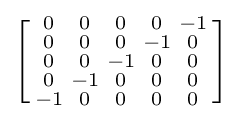
\left[{\begin{smallmatrix}0&0&0&0&-1\\0&0&0&-1&0\\0&0&-1&0&0\\0&-1&0&0&0\\-1&0&0&0&0\\\end{smallmatrix}}\right]